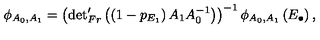
\phi _ { A _ { 0 } , A _ { 1 } } = \left( { \det } _ { F r } ^ { \prime } \left( \left( 1 - p _ { E _ { 1 } } \right) A _ { 1 } A _ { 0 } ^ { - 1 } \right) \right) ^ { - 1 } \phi _ { A _ { 0 } , A _ { 1 } } \left( E _ { \bullet } \right) ,